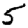
Digit: 5